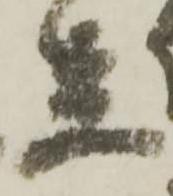
足